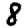
Digit: 8